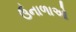
ઉનાળાઓ